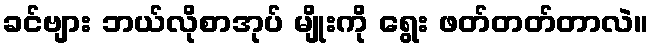
ခင်ဗျား ဘယ်လိုစာအုပ် မျိုးကို ရွေး ဖတ်တတ်တာလဲ။